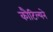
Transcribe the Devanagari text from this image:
कौटिल्‍यने